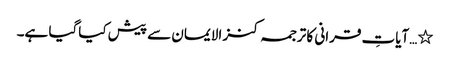
٭…آیاتِ قرانی کا ترجمہ کنز الایمان سے پیش کیاگیا ہے۔